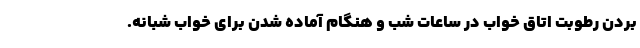
بردن رطوبت اتاق خواب در ساعات شب و هنگام آماده شدن برای خواب شبانه.